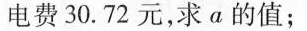
电费30.72元，求a的值；